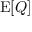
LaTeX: \mathrm { E } \! \left[ Q \right]